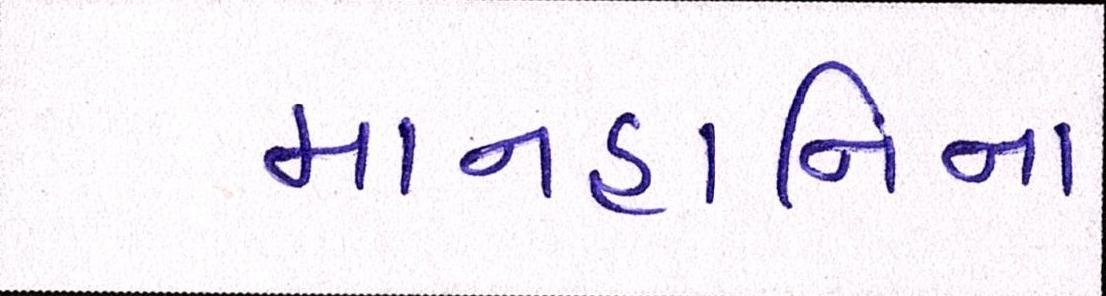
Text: માનહાનિના